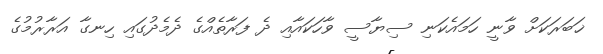
ޚަބަރަކަށް ވާނީ ހަމައެކަނި ސިޔާސީ ވާހަކައާއި ދެ ފަރާތެއްގެ ދެމެދުގައި ހިނގާ އަރާރުމުގެ